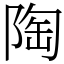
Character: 陶